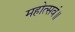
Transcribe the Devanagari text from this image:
महोत्सवं॥